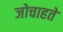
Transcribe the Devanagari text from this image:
जोचाहते